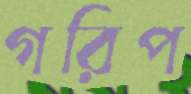
গরিপ